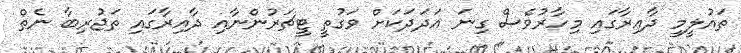
ތައުލީމީ ދާއިރާގައި މިހާރުވެސް ގިނަ އަދަދަކަށް ވަގުތީ ޓީޗަރުންނާއި ދާއިރާގައި ތަޖުރިބާ ނެތް